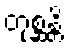
တုစ္ဆန္တိ